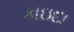
કાઇદા